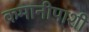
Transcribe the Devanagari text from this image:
कमानीपाशी